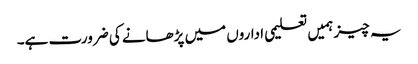
یہ چیز ہمیں تعلیمی اداروں میں پڑھانے کی ضرورت ہے۔